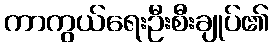
ကာကွယ်ရေးဦးစီးချုပ်၏